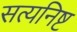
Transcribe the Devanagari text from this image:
सत्यनिष्ट